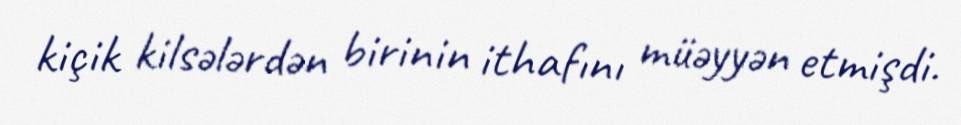
kiçik kilsələrdən birinin ithafını müəyyən etmişdi.